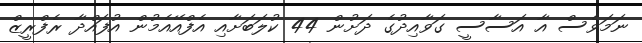
ނަމަވެސް އާ އަސާސީ ގަވާއިދުގެ ދަށުން 44 ކުލަބަށާއި އެފްއޭއެމުން އުފައްދާ ރެފްރީޒް